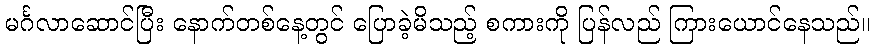
မင်္ဂလာဆောင်ပြီး နောက်တစ်နေ့တွင် ပြောခဲ့မိသည့် စကားကို ပြန်လည် ကြားယောင်နေသည်။